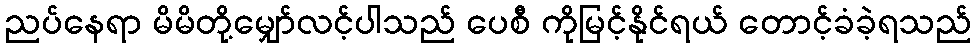
ညပ်နေရာ မိမိတို့မျှော်လင့်ပါသည် ပေစီ ကိုမြင့်နိုင်ရယ် တောင့်ခံခဲ့ရသည်